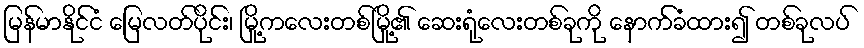
မြန်မာနိုင်ငံ မြေလတ်ပိုင်း၊ မြို့ကလေးတစ်မြို့၏ ဆေးရုံလေးတစ်ခုကို နောက်ခံထား၍ တစ်ခုလပ်